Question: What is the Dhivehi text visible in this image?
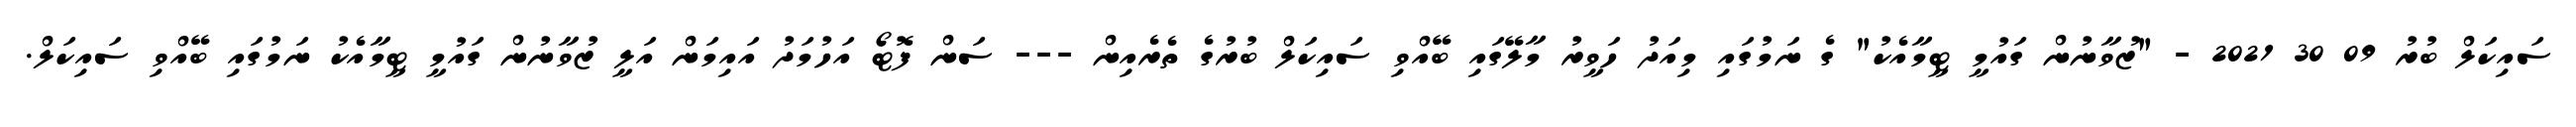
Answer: ސައިކަލް ބުރު 09 30 2021 - "ޒުވާނުން ގައުމީ ޓީމާއެކު" ގެ ނަމުގައި މިއަދު ހަވީރު މާލޭގައި ބޭއްވި ސައިކަލް ބުރުގެ ތެރެއިން --- ސަން ފޮޓޯ އަހުމަދު އައިމަން އަލީ ޒުވާނުން ގައުމީ ޓީމާއެކު ނަމުގައި ބޭއްވި ސައިކަލް.